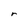
Character: r